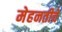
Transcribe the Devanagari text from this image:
मेहनतीचे